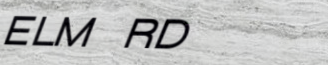
ELM RD